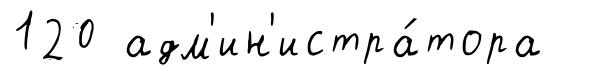
120 адм'ин'истра́тора